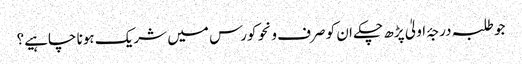
جو طلبہ درجۂ اولیٰ پڑھ چکے ان کو صرف ونحو کورس میں شریک ہونا چاہیے؟